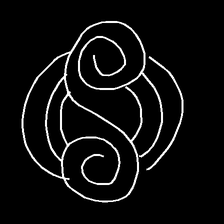
Glyph: wind-underfoot